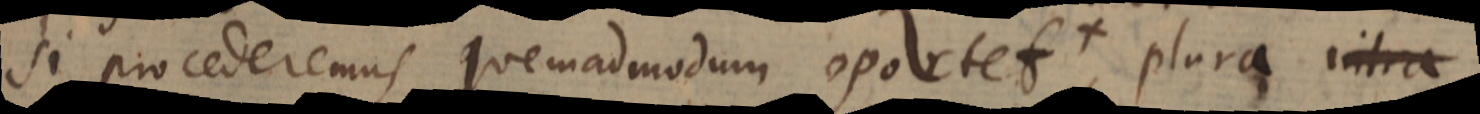
si procederemus quemadmodum oportet + plura intra